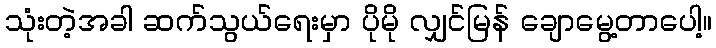
သုံးတဲ့အခါ ဆက်သွယ်ရေးမှာ ပိုမို လျှင်မြန် ချောမွေ့တာပေါ့။